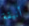
أنيقة